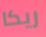
ريكا